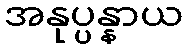
အနုပ္ပန္နာယ